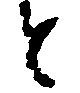
と